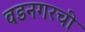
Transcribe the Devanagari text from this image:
वडनगरची